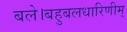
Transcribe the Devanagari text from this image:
बले।बहुबलधारिणीम्